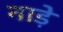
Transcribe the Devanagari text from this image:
नाड़े